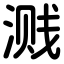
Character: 溅